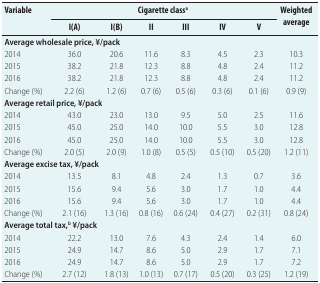
<table><thead><tr><td rowspan="2"><b>Variable</b></td><td colspan="6"><b>Cigarette class<sup>a</sup></b></td><td rowspan="2"><b>Weighted average</b></td></tr><tr><td><b>I(A)</b></td><td><b>I(B)</b></td><td><b>II</b></td><td><b>III</b></td><td><b>IV</b></td><td><b>V</b></td></tr></thead><tbody><tr><td colspan="8"><b>Average wholesale price, ¥/pack</b></td></tr><tr><td>2014</td><td>36.0</td><td>20.6</td><td>11.6</td><td>8.3</td><td>4.5</td><td>2.3</td><td>10.3</td></tr><tr><td>2015</td><td>38.2</td><td>21.8</td><td>12.3</td><td>8.8</td><td>4.8</td><td>2.4</td><td>11.2</td></tr><tr><td>2016</td><td>38.2</td><td>21.8</td><td>12.3</td><td>8.8</td><td>4.8</td><td>2.4</td><td>11.2</td></tr><tr><td>Change (%)</td><td>2.2 (6)</td><td>1.2 (6)</td><td>0.7 (6)</td><td>0.5 (6)</td><td>0.3 (6)</td><td>0.1 (6)</td><td>0.9 (9)</td></tr><tr><td colspan="8"><b>Average retail price, ¥/pack</b></td></tr><tr><td>2014</td><td>43.0</td><td>23.0</td><td>13.0</td><td>9.5</td><td>5.0</td><td>2.5</td><td>11.6</td></tr><tr><td>2015</td><td>45.0</td><td>25.0</td><td>14.0</td><td>10.0</td><td>5.5</td><td>3.0</td><td>12.8</td></tr><tr><td>2016</td><td>45.0</td><td>25.0</td><td>14.0</td><td>10.0</td><td>5.5</td><td>3.0</td><td>12.8</td></tr><tr><td>Change (%)</td><td>2.0 (5)</td><td>2.0 (9)</td><td>1.0 (8)</td><td>0.5 (5)</td><td>0.5 (10)</td><td>0.5 (20)</td><td>1.2 (11)</td></tr><tr><td colspan="8"><b>Average excise tax, ¥/pack</b></td></tr><tr><td>2014</td><td>13.5</td><td>8.1</td><td>4.8</td><td>2.4</td><td>1.3</td><td>0.7</td><td>3.6</td></tr><tr><td>2015</td><td>15.6</td><td>9.4</td><td>5.6</td><td>3.0</td><td>1.7</td><td>1.0</td><td>4.4</td></tr><tr><td>2016</td><td>15.6</td><td>9.4</td><td>5.6</td><td>3.0</td><td>1.7</td><td>1.0</td><td>4.4</td></tr><tr><td>Change (%)</td><td>2.1 (16)</td><td>1.3 (16)</td><td>0.8 (16)</td><td>0.6 (24)</td><td>0.4 (27)</td><td>0.2 (31)</td><td>0.8 (24)</td></tr><tr><td colspan="8"><b>Average total tax,<sup>b</sup> ¥/pack</b></td></tr><tr><td>2014</td><td>22.2</td><td>13.0</td><td>7.6</td><td>4.3</td><td>2.4</td><td>1.4</td><td>6.0</td></tr><tr><td>2015</td><td>24.9</td><td>14.7</td><td>8.6</td><td>5.0</td><td>2.9</td><td>1.7</td><td>7.1</td></tr><tr><td>2016</td><td>24.9</td><td>14.7</td><td>8.6</td><td>5.0</td><td>2.9</td><td>1.7</td><td>7.2</td></tr><tr><td>Change (%)</td><td>2.7 (12)</td><td>1.8 (13)</td><td>1.0 (13)</td><td>0.7 (17)</td><td>0.5 (20)</td><td>0.3 (25)</td><td>1.2 (19)</td></tr></tbody></table>